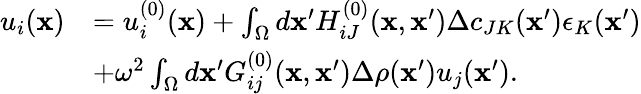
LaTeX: \begin{array}{rl}{u_{i}({\mathbf x})}&{=u_{i}^{(0)}({\mathbf x})+\int_{\Omega}d{\mathbf x}^{\prime}H_{iJ}^{(0)}({\mathbf x},{\mathbf x}^{\prime})\Delta c_{JK}({\mathbf x}^{\prime})\epsilon_{K}({\mathbf x}^{\prime})}\\ &{+\omega^{2}\int_{\Omega}d{\mathbf x}^{\prime}G_{ij}^{(0)}({\mathbf x},{\mathbf x}^{\prime})\Delta\rho({\mathbf x}^{\prime})u_{j}({\mathbf x}^{\prime}).}\end{array}